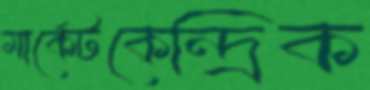
মার্কেটকেন্দ্রিক